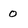
Character: 0